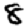
Digit: 8